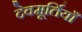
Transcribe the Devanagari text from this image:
देवमूर्तियाँ